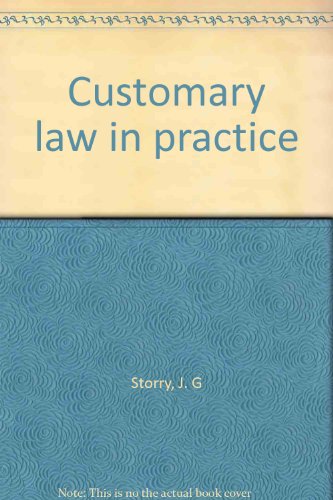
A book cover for Customary law in practice; J. G Storry; Law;